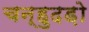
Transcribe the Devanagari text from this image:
चन्हुदड़ो